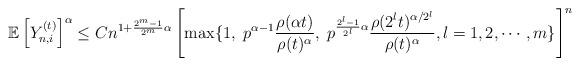
LaTeX: \begin{align*}\mathbb E\left[Y_{n,i}^{(t)}\right]^\alpha\leq Cn^{1+\frac{2^m-1}{2^m}\alpha}\left[\max\{1,\; p^{\alpha-1}\frac{\rho(\alpha t)}{\rho(t)^\alpha},\;p^{\frac{2^l-1}{2^l}\alpha}\frac{\rho(2^lt)^{\alpha/2^l}}{\rho(t)^\alpha},l=1,2,\cdots,m\}\right]^n\end{align*}